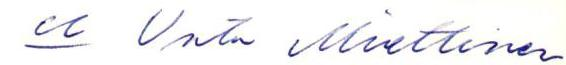
u Unto Miettinen